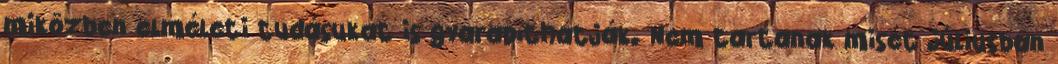
miközben elméleti tudásukat is gyarapíthatják. Nem tartanak misét júliusban